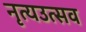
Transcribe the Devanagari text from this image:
नृत्यउत्सव